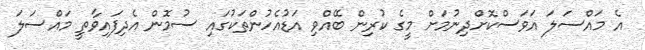
އެ މައްސަލަ އަވަސްކޮށްދިނުމަށް މީގެ ކުރިން ބޭއްވި އަޑުއެހުންތަކުގައި ސުމޮން އެދިފައިވާތީ މައްސަލަ